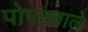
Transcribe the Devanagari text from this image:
पोपटवाले